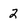
Character: 2